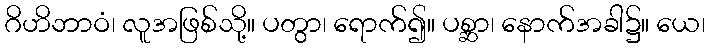
ဂိဟိဘာဝံ၊ လူအဖြစ်သို့။ ပတွာ၊ ရောက်၍။ ပစ္ဆာ၊ နောက်အခါ၌။ ယေ၊